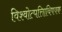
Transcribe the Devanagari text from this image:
विश्वोत्पत्तिाविषयक